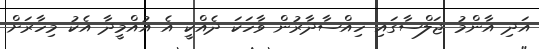
އަދި އާންމު ޖަލްސާގައި ހިއްސާދާރުން ވާހަކަ ދެއްކީ އެ އުއްމީދާ އެކު މިހާރަށް